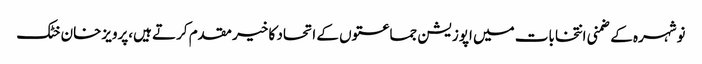
نوشہرہ کے ضمنی انتخابات میں اپوزیشن جماعتوں کے اتحاد کا خیر مقدم کرتے ہیں،پرویزخان خٹک